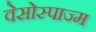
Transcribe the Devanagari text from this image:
वेसोस्पाज्म